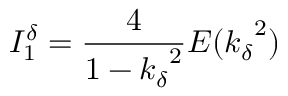
I _ { 1 } ^ { \delta } = \frac { 4 } { 1 - { k _ { \delta } } ^ { 2 } } E ( { k _ { \delta } } ^ { 2 } )